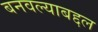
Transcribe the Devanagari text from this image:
बनवल्याबद्दल